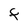
Character: F